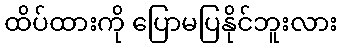
ထိပ်ထားကို ပြောမပြနိုင်ဘူးလား